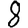
Digit: 8